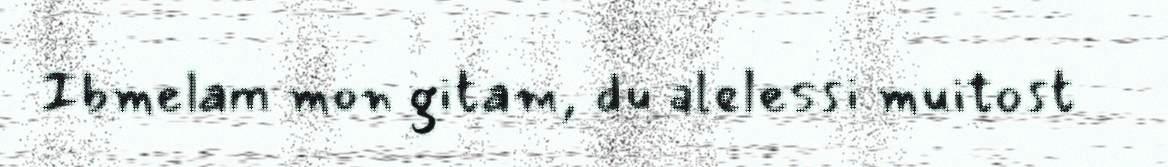
Ibmelam mon gitam, du alelessi muitost